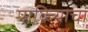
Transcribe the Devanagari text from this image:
पावित्र्याचा